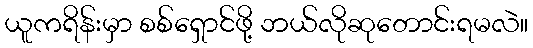
ယူကရိန်းမှာ စစ်ရှောင်ဖို့ ဘယ်လိုဆုတောင်းရမလဲ။